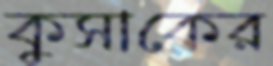
কুসাকের